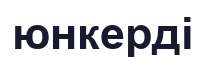
юнкерді